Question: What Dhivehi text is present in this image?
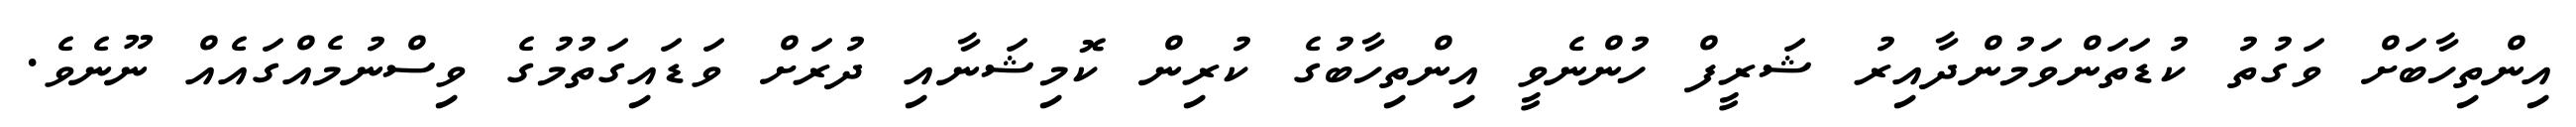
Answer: އިންތިހާބަށް ވަގުތު ކުޑަތަންވަމުންދާއިރު ޝަރީފް ހުންނެވީ އިންތިހާބުގެ ކުރިން ކޮމިޝަނާއި ދުރަށް ވަޑައިގަތުމުގެ ވިސްނުމެއްގައެއް ނޫނެވެ.